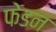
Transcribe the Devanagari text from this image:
फेडन